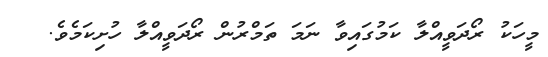
މީހަކު ރޯދަވީއްލާ ކަމުގައިވާ ނަމަ ތަމްރުން ރޯދަވީއްލާ ހުށިކަމެވެ.